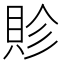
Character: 䝩